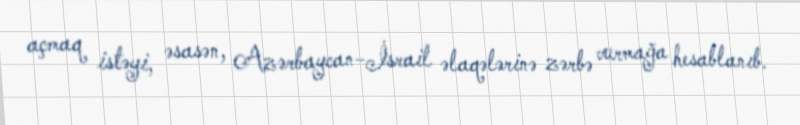
açmaq istəyi, əsasən, Azərbaycan-İsrail əlaqələrinə zərbə vurmağa hesablanıb.